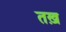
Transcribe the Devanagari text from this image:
तख़